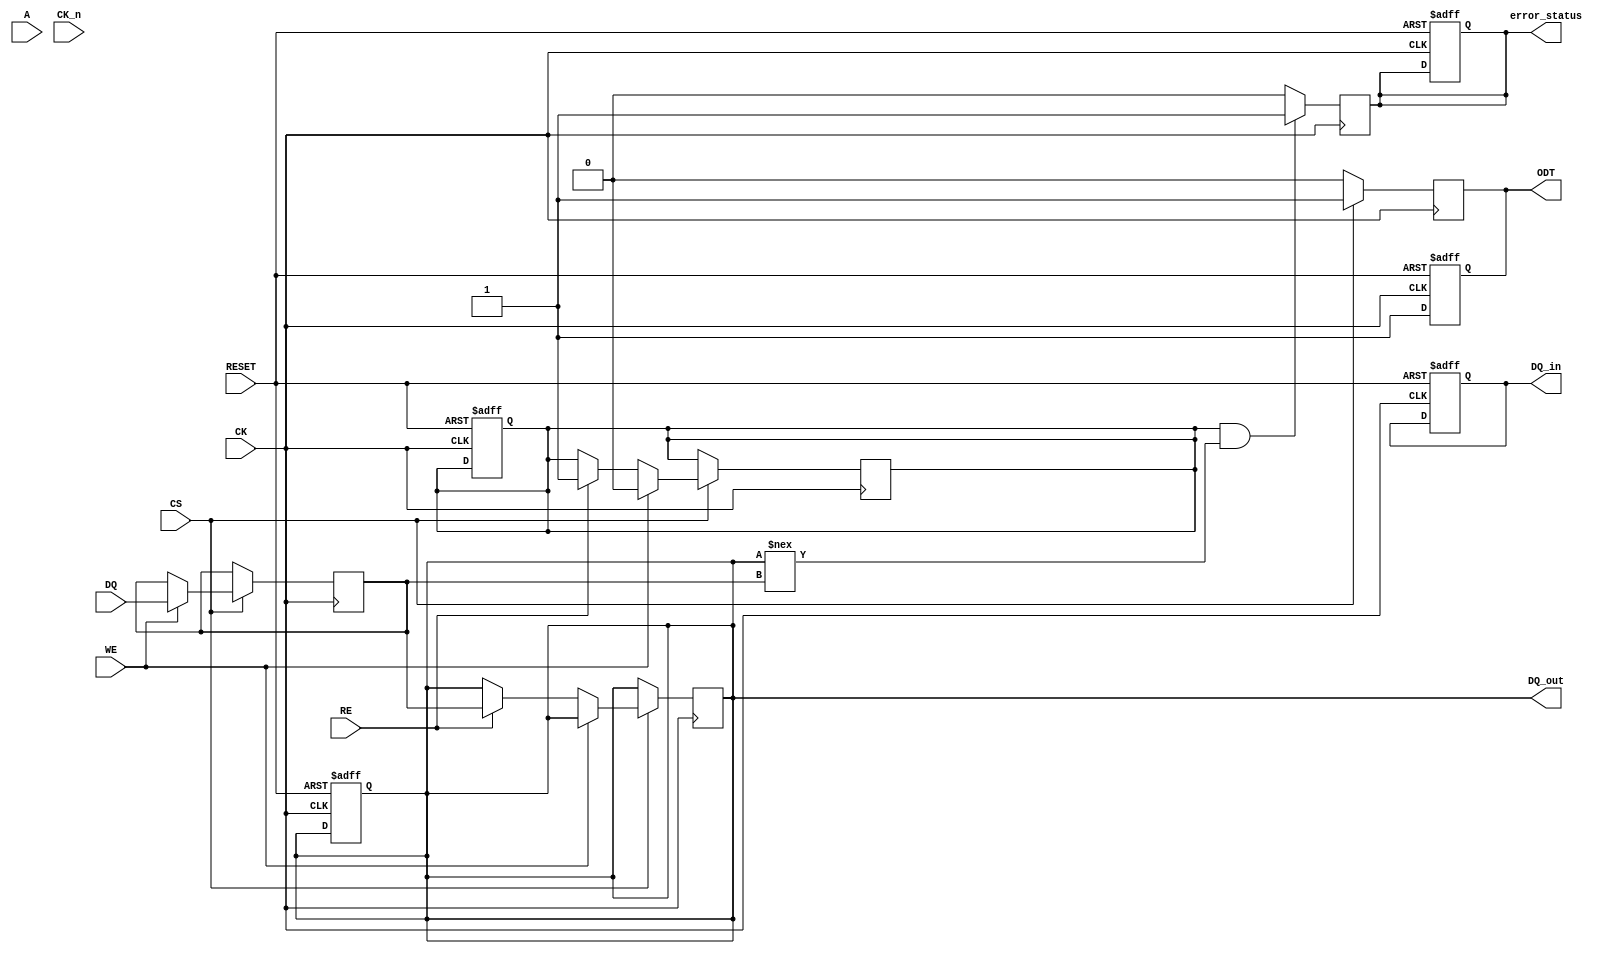
module gddr3_io_block (
    // Input/Output Pins
    input wire [n-1:0] DQ,          // Data pins (bi-directional)
    input wire [m-1:0] A,            // Address pins
    input wire CS,                   // Chip Select
    input wire WE,                   // Write Enable
    input wire RE,                   // Read Enable
    input wire CK,                   // Clock
    input wire CK_n,                 // Inverted Clock
    input wire RESET,                // Reset signal
    output reg [n-1:0] DQ_out,       // Data output
    output reg [n-1:0] DQ_in,        // Data input
    output reg ODT,                  // On-Die Termination
    output reg error_status          // Error status signal
);

parameter n = 8; // Number of data lines
parameter m = 4; // Number of address lines

// Internal signals
reg [n-1:0] data_buffer;
reg [m-1:0] address_buffer;
reg state; // State for read/write operations

// State definitions
localparam IDLE = 1'b0;
localparam READ = 1'b1;

// Initialization and Reset Logic
always @(posedge CK or posedge RESET) begin
    if (RESET) begin
        DQ_out <= 0;
        DQ_in <= 0;
        ODT <= 0;
        error_status <= 0;
        state <= IDLE;
    end else begin
        // Power-Up Sequence
        ODT <= 1; // Enable ODT on power-up
    end
end

// Read/Write Logic
always @(posedge CK) begin
    if (CS) begin
        // Chip Select is active
        if (WE) begin
            // Write operation
            data_buffer <= DQ; // Capture data from DQ
            state <= IDLE; // Go back to IDLE after write
        end else if (RE) begin
            // Read operation
            DQ_out <= data_buffer; // Output data to DQ
            state <= READ; // Move to READ state
        end
    end
end

// Error Handling (simplified)
always @(posedge CK) begin
    if (state == READ && DQ_out !== data_buffer) begin
        error_status <= 1; // Set error status if data mismatch
    end else begin
        error_status <= 0; // Clear error status
    end
end

// Termination Control (simplified)
always @(posedge CK) begin
    if (CS) begin
        ODT <= 1; // Enable ODT during active operations
    end else begin
        ODT <= 0; // Disable ODT when not in use
    end
end

endmodule